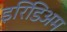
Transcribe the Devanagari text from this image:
इरिडिअम